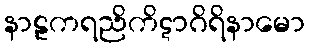
နာဠကရညိကိဋာဂိရိနာမော